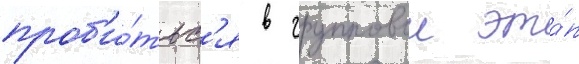
проб'и́тьс'я в групповои эта́п